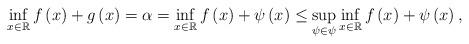
\begin{align*}\inf_{x\in\mathbb{R}}f\left(x\right)+g\left(x\right) =\alpha =\inf_{x\in\mathbb{R}}f\left(x\right)+\psi\left(x\right)\leq \sup_{\psi\in\psi}\inf_{x\in\mathbb{R}}f\left(x\right)+\psi\left(x\right),\end{align*}